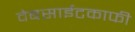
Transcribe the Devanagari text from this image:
वेबसाईटकाफी